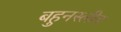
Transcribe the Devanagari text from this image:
बहुनस्लीय